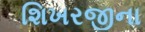
શિખરજીના